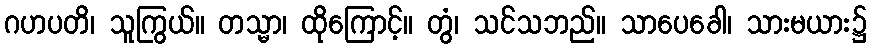
ဂဟပတိ၊ သူကြွယ်။ တသ္မာ၊ ထိုကြောင့်။ တွံ၊ သင်သဘည်။ သာပေခေါ၊ သားမယား၌